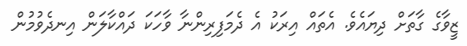
ޒީވާގެ ގާތަށް ދިޔައެވެ. އެތައް އިރަކު އެ ދެމަފިރިންނާ ވާހަކަ ދައްކާލަން އިނދެވުމުން